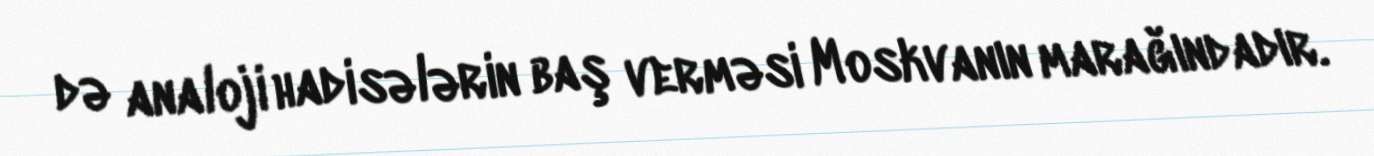
də analoji hadisələrin baş verməsi Moskvanın marağındadır.